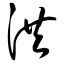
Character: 洪